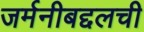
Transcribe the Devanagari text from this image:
जर्मनीबद्दलची